Treatise on elephants
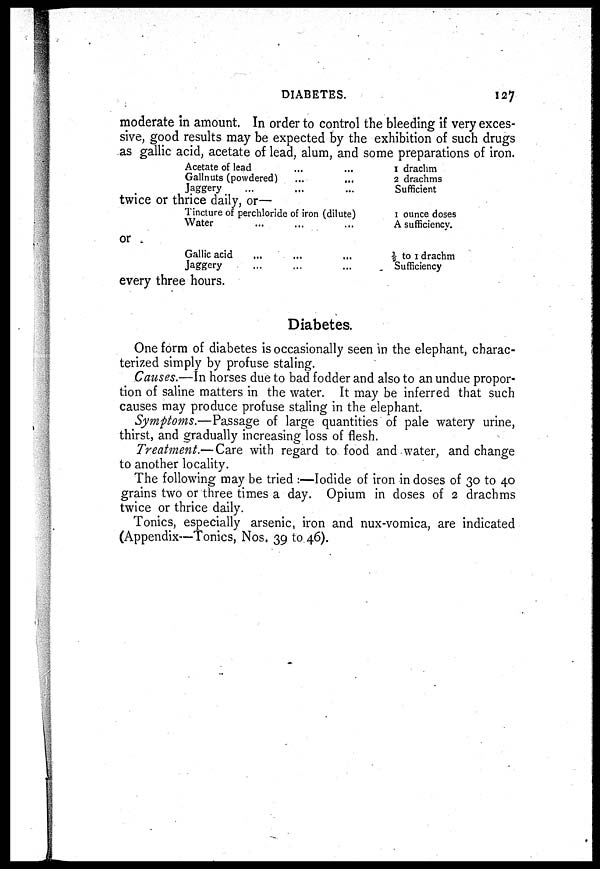
DIABETES.
127
moderate in amount. In order to control the bleeding if very exces-
sive, good results may be expected by the exhibition of such drugs
as gallic acid, acetate of lead, alum, and some preparations of iron.
Acetate of lead ... ...
Gallnuts (powdered) ... ...
Jaggery ... ... ...
twice or thrice daily, or—
Tincture of perchloride of iron (dilute)
Water ... ... ...
or
Gallic acid ... ... ...
Jaggery
...
...
...
every three hours.
1 drachm
2 drachms
Sufficient
1 ounce doses
A sufficiency.
½ to 1 drachm
Sufficiency
Diabetes.
One form of diabetes is occasionally seen in the elephant, charac-
terized simply by profuse staling.
Causes.—In horses due to bad fodder and also to an undue propor-
tion of saline matters in the water. It may be inferred that such
causes may produce profuse staling in the elephant.
Symptoms.—Passage of large quantities of pale watery urine,
thirst, and gradually increasing loss of flesh.
Treatment.—Care with regard to food and water, and change
to another locality.
The following may be tried :—Iodide of iron in doses of 30 to 40
grains two or three times a day. Opium in doses of 2 drachms
twice or thrice daily.
Tonics, especially arsenic, iron and nux-vomica, are indicated
(Appendix—Tonics, Nos. 39 to 46).